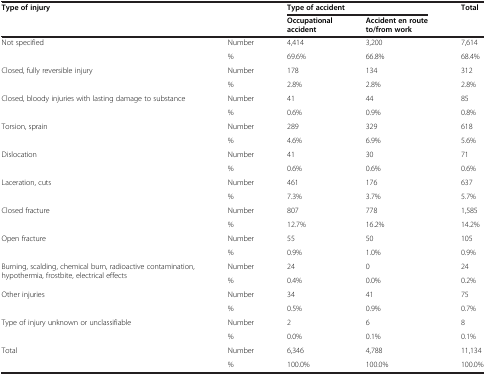
| <ROWSPAN=2-COLSPAN=2> Type of injury | <COLSPAN=2> Type of accident | <ROWSPAN=2> Total |
 | Occupational accident | Accident en route to/from work |
 | --- | --- | --- | --- | --- |
 | <ROWSPAN=2> Not specified | Number | 4,414 | 3,200 | 7,614 |
 | % | 69.6% | 66.8% | 68.4% |
 | <ROWSPAN=2> Closed, fully reversible injury | Number | 178 | 134 | 312 |
 | % | 2.8% | 2.8% | 2.8% |
 | <ROWSPAN=2> Closed, bloody injuries with lasting damage to substance | Number | 41 | 44 | 85 |
 | % | 0.6% | 0.9% | 0.8% |
 | <ROWSPAN=2> Torsion, sprain | Number | 289 | 329 | 618 |
 | % | 4.6% | 6.9% | 5.6% |
 | <ROWSPAN=2> Dislocation | Number | 41 | 30 | 71 |
 | % | 0.6% | 0.6% | 0.6% |
 | <ROWSPAN=2> Laceration, cuts | Number | 461 | 176 | 637 |
 | % | 7.3% | 3.7% | 5.7% |
 | <ROWSPAN=2> Closed fracture | Number | 807 | 778 | 1,585 |
 | % | 12.7% | 16.2% | 14.2% |
 | <ROWSPAN=2> Open fracture | Number | 55 | 50 | 105 |
 | % | 0.9% | 1.0% | 0.9% |
 | <ROWSPAN=2> Burning, scalding, chemical burn, radioactive contamination, hypothermia, frostbite, electrical effects | Number | 24 | 0 | 24 |
 | % | 0.4% | 0.0% | 0.2% |
 | <ROWSPAN=2> Other injuries | Number | 34 | 41 | 75 |
 | % | 0.5% | 0.9% | 0.7% |
 | <ROWSPAN=2> Type of injury unknown or unclassifiable | Number | 2 | 6 | 8 |
 | % | 0.0% | 0.1% | 0.1% |
 | <ROWSPAN=2> Total | Number | 6,346 | 4,788 | 11,134 |
 | % | 100.0% | 100.0% | 100.0% |